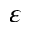
\varepsilon